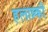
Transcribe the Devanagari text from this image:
हलान्न्की